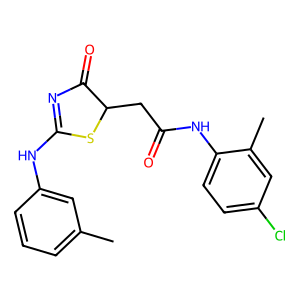
SMILES: Cc1cccc(NC2=NC(=O)C(CC(=O)Nc3ccc(Cl)cc3C)S2)c1
Inhibits HIV replication: No